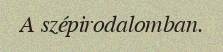
A szépirodalomban.